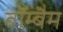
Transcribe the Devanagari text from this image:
बॉम्बैम